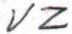
VZ